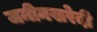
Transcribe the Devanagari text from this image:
जमीनखरेदी